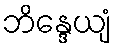
ဘိန္ဒေယျံ